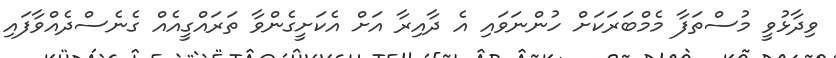
ވިދާޅުވީ މުސްތަފާ މެމްބަރަކަށް ހުންނަވައި އެ ދާއިރާ އަށް އެކަށީގެންވާ ތަރައްގީއެއް ގެނެސްދެއްވާފައި